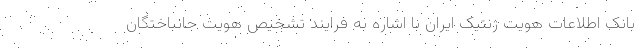
بانک اطلاعات هویت ژنتیک ایران با اشاره به فرایند تشخیص هویت جانباختگان